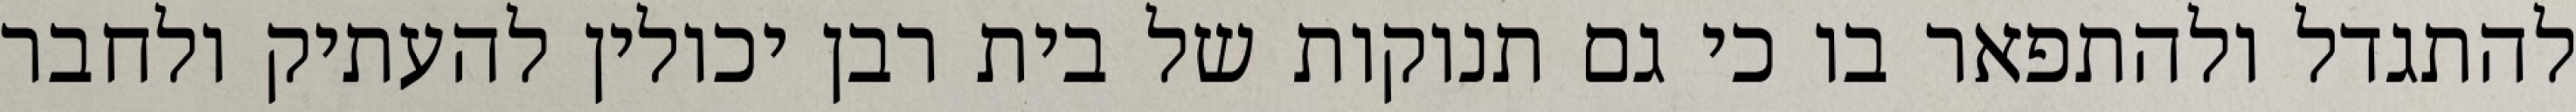
להתגדל ולהתפאר בו כי גם תנוקות של בית רבן יכולין להעתיק ולחבר